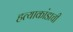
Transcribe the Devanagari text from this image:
हत्याकांडाची